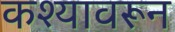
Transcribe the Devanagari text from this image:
कश्यावरून